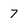
Character: 7